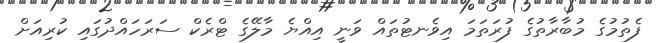
ފެތުމުގެ މުބާރާތުގެ ފުރަތަމަ އިވެނޓުތައް ވަނީ އިއްޔެ މާލޭގެ ޓްރެކް ސަރަހައްދުގައި ކުރިއަށް